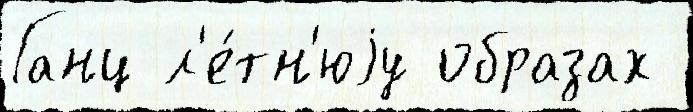
Ганц л'е́тн'юjу образах